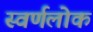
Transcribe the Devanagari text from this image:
स्वर्णलोक